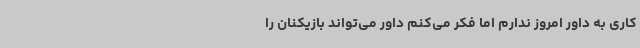
کاری به داور امروز ندارم اما فکر می‌کنم داور می‌تواند بازیکنان را